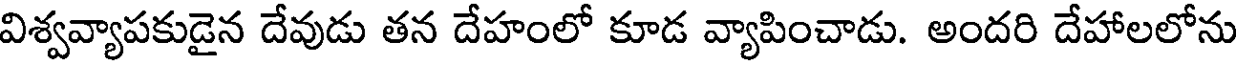
విశ్వవ్యాపకుడైన దేవుడు తన దేహంలో కూడ వ్యాపించాడు. అందరి దేహాలలోను